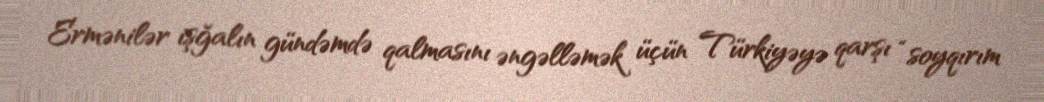
Ermənilər işğalın gündəmdə qalmasını əngəlləmək üçün Türkiyəyə qarşı “soyqırım